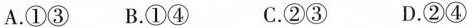
A.①③ B.①④ C.②③ D.②④